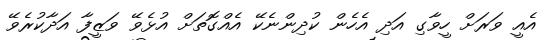
އެއީ ވަރަށް ހީވާގި އަދި އެހެން ކުދިންނެކޭ އެއްގޮތަށް އުޅެވޭ ވަޒީފާ އަދާކުރެވޭ